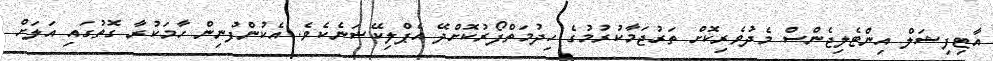
އާޓިފިޝަލް އިންޓެލިޖެންސް މެދުވެރިކޮށް ތަރުޖަމާކުރުމުގެ ހިދުމަތްފޯރުކޮށްދޭ އެޕްލިކޭޝަނެކެވެ. އެކުންފުނިން ހާމަކުރާ ގޮތުގައި އަލަށް